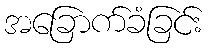
အခြောက်ခံခြင်း